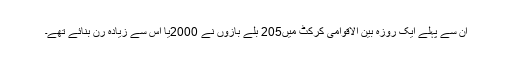
ان سے پہلے ایک روزہ بین الاقوامی کرکٹ میں205 بلے بازوں نے 2000یا اس سے زیادہ رن بنائے تھے۔